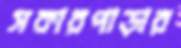
সকারপাড়ার